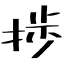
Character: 捗